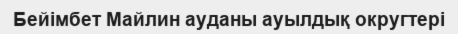
Бейімбет Майлин ауданы ауылдық округтері